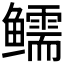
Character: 𱈗